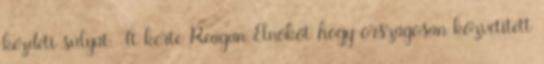
kezdeti súlyát. Tt kérte Reagan Elnököt hogy országosan közvetített